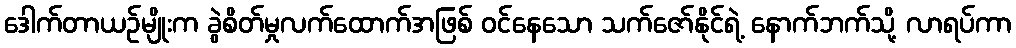
ဒေါက်တာယဉ်မျိုးက ခွဲစိတ်မှုလက်ထောက်အဖြစ် ဝင်နေသော သက်ဇော်နိုင်ရဲ့ နောက်ဘက်သို့ လာရပ်ကာ